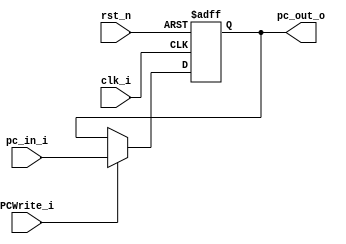
module Program_Counter( clk_i, rst_n, pc_in_i, pc_out_o, PCWrite_i);
     
//I/O ports
input           clk_i;
input	        rst_n;
input  [32-1:0] pc_in_i;
input PCWrite_i;
output [32-1:0] pc_out_o;
 
//Internal Signals
reg    [32-1:0] pc_out_o;

//Main function
always @(posedge clk_i or negedge rst_n) begin
    if(~rst_n)
	    pc_out_o <= 0;
	else if(PCWrite_i == 1)
	    pc_out_o <= pc_in_i;
	//$display("PC: %d", pc_out_o);
end

endmodule